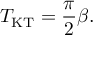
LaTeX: T _ { \mathrm { K T } } = \frac { \pi } { 2 } \beta .